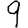
Digit: 9